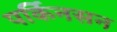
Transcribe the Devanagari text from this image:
पर्किनसन